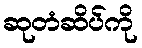
ဆုတံဆိပ်ကို